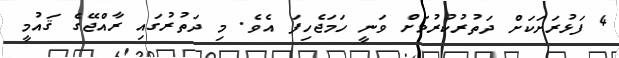
4 ފަޅުރަށަކަށް ދަތުރުކުރުމަށް ވަނީ ހަމަޖެހިފަ އެވެ. މި ދަތުރުގައި ރާއްޖޭގެ ޤައުމީ